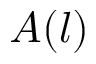
A ( l )